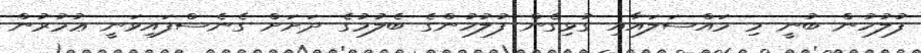
ފުލުހުން ބުނީ މި މައްސަލައާއި ގުޅިގެން ފުލުހުންގެ ބެލުމުގެ ދަށަށް ގެނެސްފައިވަނީ ޢުމުރުން